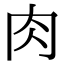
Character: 肉